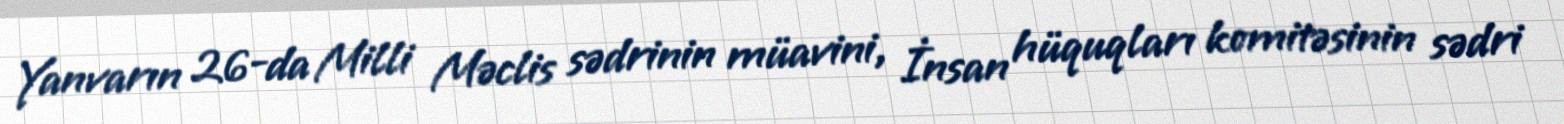
Yanvarın 26-da Milli Məclis sədrinin müavini, İnsan hüquqları komitəsinin sədri